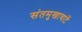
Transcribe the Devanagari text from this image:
संतमुखावाटें